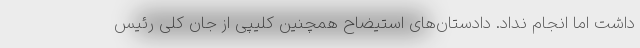
داشت اما انجام نداد. دادستان‌های استیضاح همچنین کلیپی از جان کلی رئیس